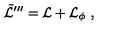
\tilde { { \cal L } } ^ { \prime \prime \prime } = { \cal L } + { \cal L } _ { \phi } \ ,